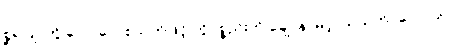
စ္ဆရပြု, ကွိ လောပေါ စသုတ်ဖြင့် ကွိပစ္စည်းကို ချေ, နာမ်ငဲ့, သိသက်, ေ-ါ ပြု,